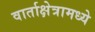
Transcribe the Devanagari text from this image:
वार्ताक्षेत्रामध्ये